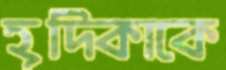
হূদিকাকে